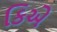
કિએ